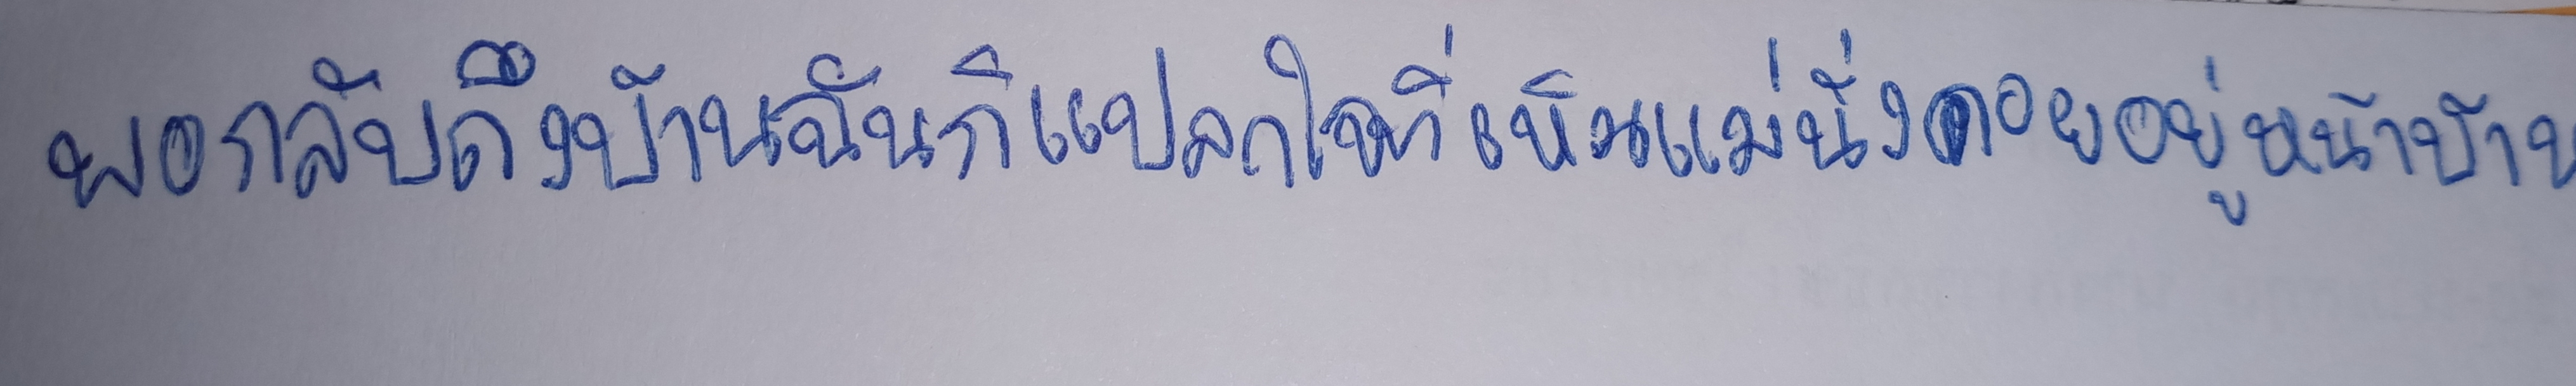
พอกลับถึงบ้านฉันก็แปลกใจที่เห็นแม่นั่งคอยอยู่หน้าบ้าน